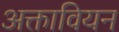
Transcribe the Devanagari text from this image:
अक्तावियन